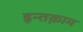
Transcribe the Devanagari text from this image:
इन्तक़ाम